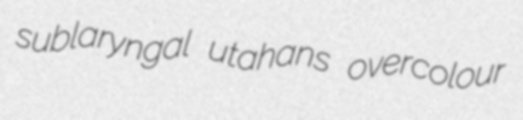
sublaryngal utahans overcolour